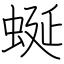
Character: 蜒